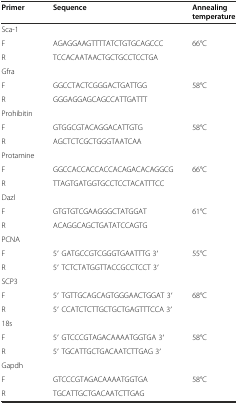
<table><thead><tr><td><b>Primer</b></td><td><b>Sequence</b></td><td><b>Annealing temperature</b></td></tr></thead><tbody><tr><td>Sca-1</td><td></td><td></td></tr><tr><td>F</td><td>AGAGGAAGTTTTATCTGTGCAGCCC</td><td>66°C</td></tr><tr><td>R</td><td>TCCACAATAACTGCTGCCTCCTGA</td><td></td></tr><tr><td>Gfra</td><td></td><td></td></tr><tr><td>F</td><td>GGCCTACTCGGGACTGATTGG</td><td>58°C</td></tr><tr><td>R</td><td>GGGAGGAGCAGCCATTGATTT</td><td></td></tr><tr><td>Prohibitin</td><td></td><td></td></tr><tr><td>F</td><td>GTGGCGTACAGGACATTGTG</td><td>58°C</td></tr><tr><td>R</td><td>AGCTCTCGCTGGGTAATCAA</td><td></td></tr><tr><td>Protamine</td><td></td><td></td></tr><tr><td>F</td><td>GGCCACCACCACCACAGACACAGGCG</td><td>66°C</td></tr><tr><td>R</td><td>TTAGTGATGGTGCCTCCTACATTTCC</td><td></td></tr><tr><td>Dazl</td><td></td><td></td></tr><tr><td>F</td><td>GTGTGTCGAAGGGCTATGGAT</td><td>61°C</td></tr><tr><td>R</td><td>ACAGGCAGCTGATATCCAGTG</td><td></td></tr><tr><td>PCNA</td><td></td><td></td></tr><tr><td>F</td><td>5′ GATGCCGTCGGGTGAATTTG 3′</td><td>55°C</td></tr><tr><td>R</td><td>5′ TCTCTATGGTTACCGCCTCCT 3′</td><td></td></tr><tr><td>SCP3</td><td></td><td></td></tr><tr><td>F</td><td>5′ TGTTGCAGCAGTGGGAACTGGAT 3′</td><td>68°C</td></tr><tr><td>R</td><td>5′ CCATCTCTTGCTGCTGAGTTTCCA 3′</td><td></td></tr><tr><td>18s</td><td></td><td></td></tr><tr><td>F</td><td>5′ GTCCCGTAGACAAAATGGTGA 3′</td><td>58°C</td></tr><tr><td>R</td><td>5′ TGCATTGCTGACAATCTTGAG 3′</td><td></td></tr><tr><td>Gapdh</td><td></td><td></td></tr><tr><td>F</td><td>GTCCCGTAGACAAAATGGTGA</td><td>58°C</td></tr><tr><td>R</td><td>TGCATTGCTGACAATCTTGAG</td><td></td></tr></tbody></table>